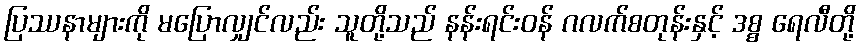
ပြဿနာများကို မပြောလျှင်လည်း သူတို့သည် နန်းရင်းဝန် ဂလက်စတုန်းနှင့် ဒစ္စ ရေလီတို့